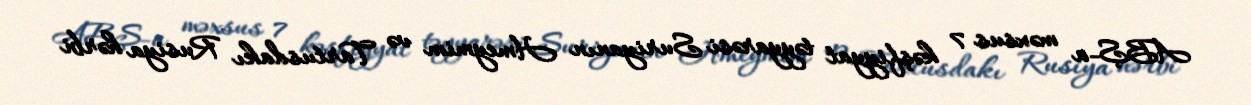
ABŞ-a məxsus 7 kəşfiyyat təyyarəsi Suriyanın Hmeymim və Tartusdakı Rusiya hərbi